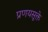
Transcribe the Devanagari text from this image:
प्रणयसूक्ते